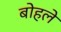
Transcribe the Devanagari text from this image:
बोहले